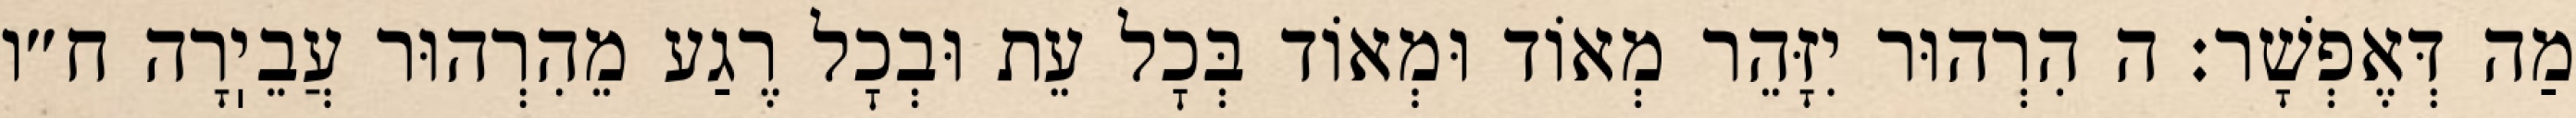
מַה דְּאֶפְשָׁר: ה הִרְהוּר יִזָּהֵר מְאוֹד וּמְאוֹד בְּכׇל עֵת וּבְכׇל רֶגַע מֵהִרְהוּר עֲבֵיֽרָה ח״ו